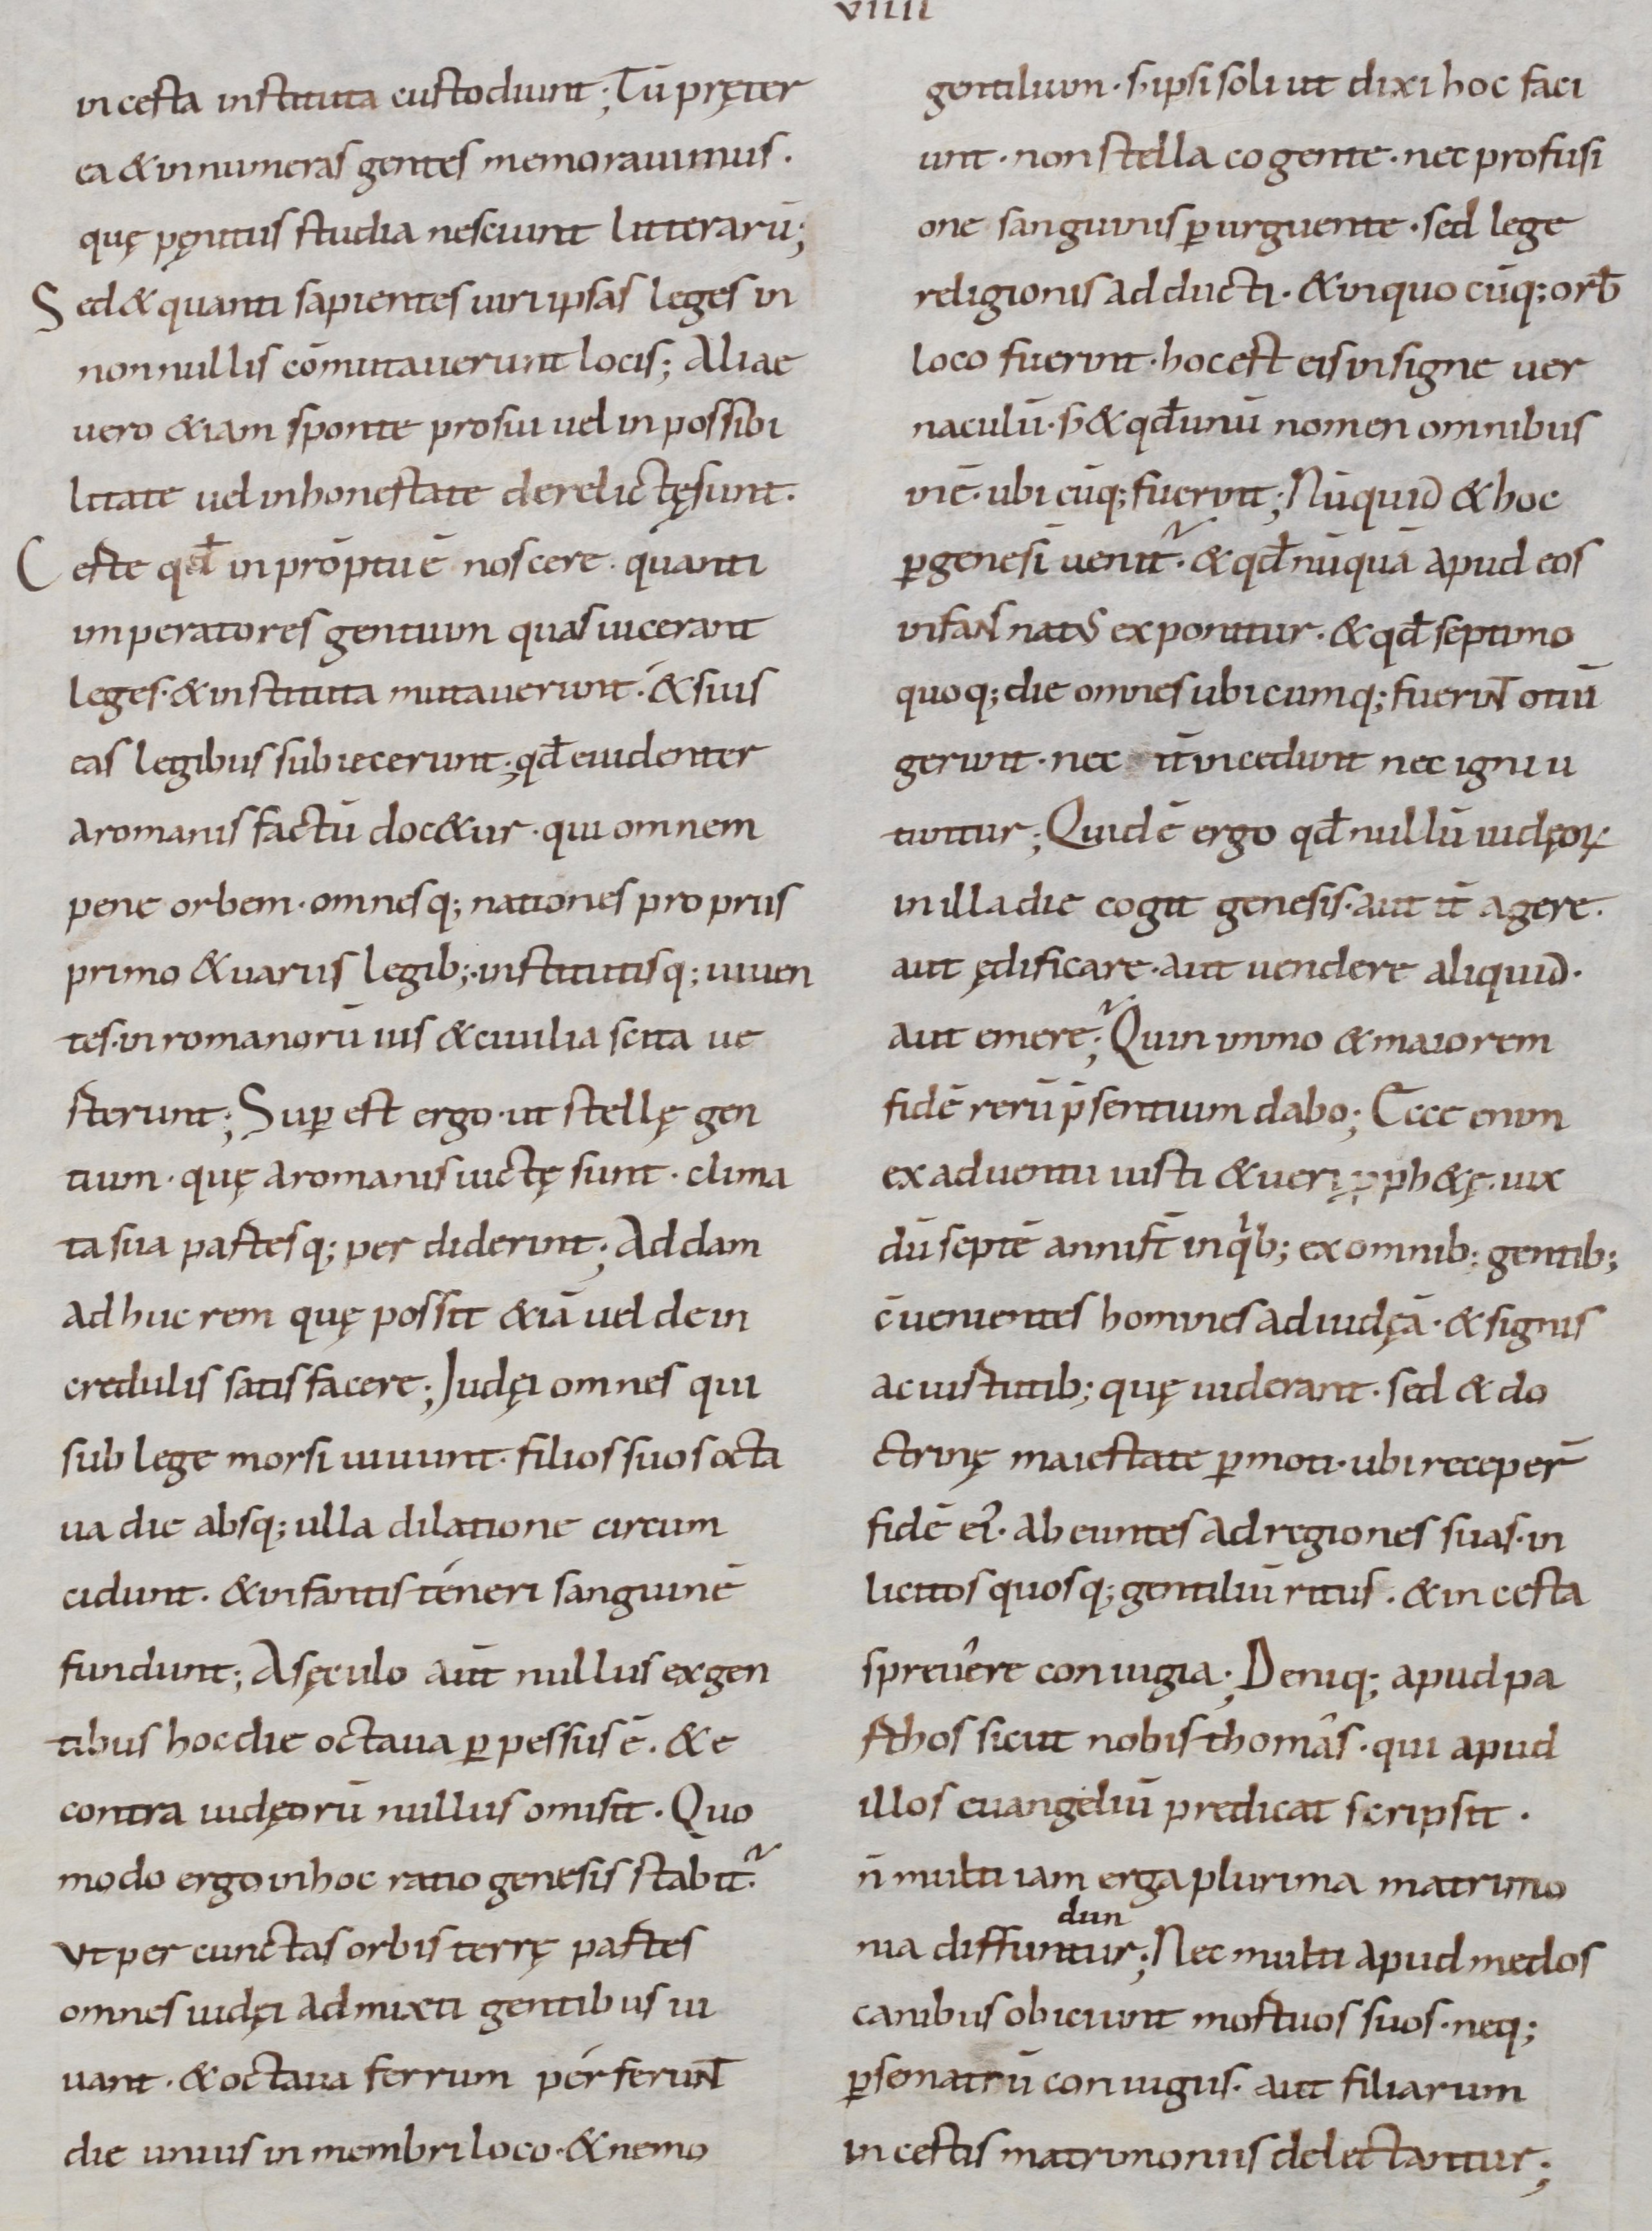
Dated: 800–899